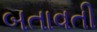
બતાવતી